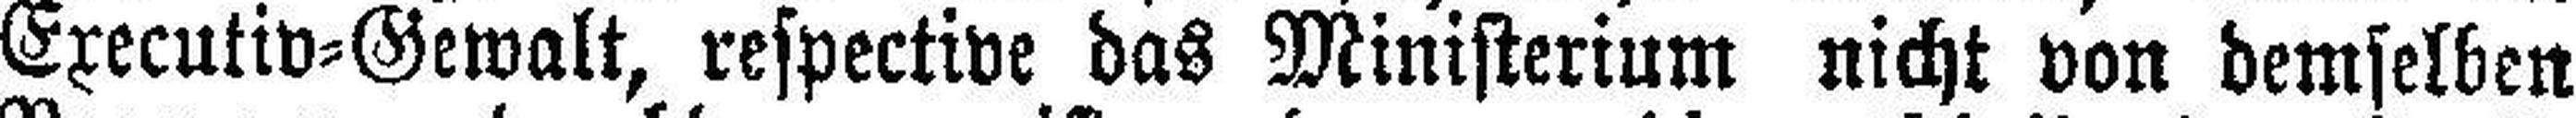
Executiv=Gewalt, respective das Ministerium nicht von demselben